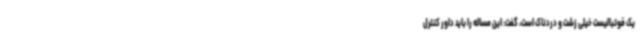
یک فوتبالیست خیلی زشت و دردناک است، گفت: این مساله را باید داور کنترل